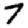
Digit: 7